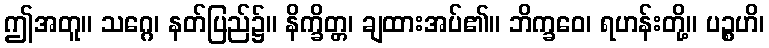
ဤအတူ။ သဂ္ဂေ၊ နတ်ပြည်၌။ နိက္ခိတ္တ၊ ချထားအပ်၏။ ဘိက္ခဝေ၊ ရဟန်းတို့။ ပဉ္စဟိ၊